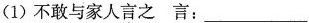
（1）不敢与家人言之言：___